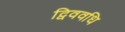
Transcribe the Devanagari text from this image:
द्विववधि